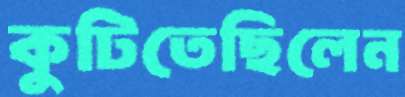
কুটিতেছিলেন